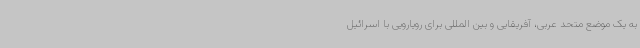
به یک موضع متحد عربی، آفریقایی و بین المللی برای رویارویی با اسرائیل